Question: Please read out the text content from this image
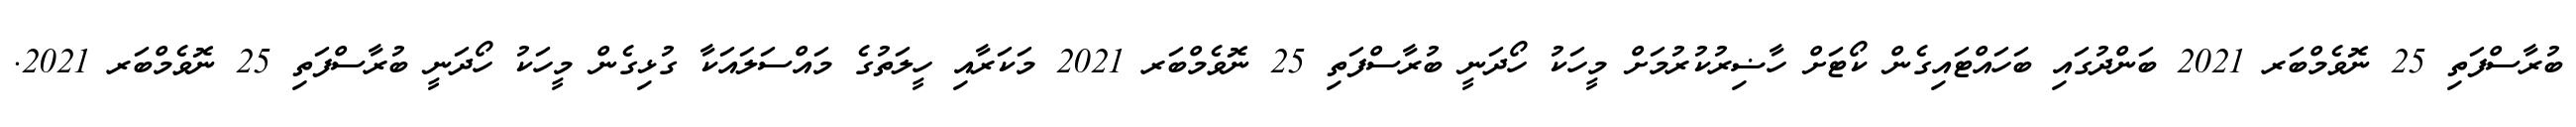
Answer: ބުރާސްފަތި 25 ނޮވެމްބަރ 2021 ބަންދުގައި ބަހައްޓައިގެން ކޯޓަށް ހާޟިރުކުރުމަށް މީހަކު ހޯދަނީ ބުރާސްފަތި 25 ނޮވެމްބަރ 2021 މަކަރާއި ހީލަތުގެ މައްސަލައަކާ ގުޅިގެން މީހަކު ހޯދަނީ ބުރާސްފަތި 25 ނޮވެމްބަރ 2021.